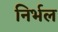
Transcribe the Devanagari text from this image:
निर्भल